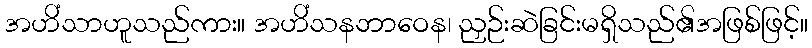
အဟိံသာဟူသည်ကား။ အဟိံသနဘာဝေန၊ ညှဉ်းဆဲခြင်းမရှိသည်၏အဖြစ်ဖြင့်။